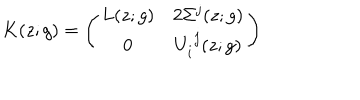
LaTeX: K ( z ; g ) = \left( \begin{array} { c c } { { L ( z ; g ) } } & { { 2 \Sigma ^ { j } ( z ; g ) } } \\ { { 0 } } & { { U _ { i } ^ { ~ j } ( z ; g ) } } \\ \end{array} \right)